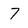
Character: 7